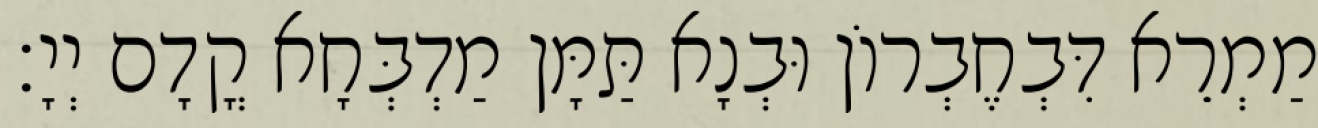
מַמְרֵא דִּבְחֶבְרוֹן וּבְנָא תַּמָּן מַדְבְּחָא קֳדָם יְיָ׃